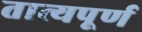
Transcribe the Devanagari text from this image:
तात्यपूर्ण